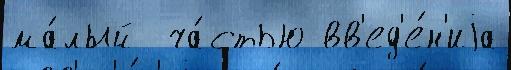
ма́лый  ча́стью вв'ед'е́н'иjа